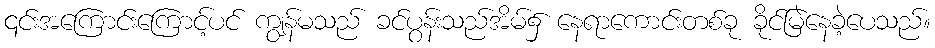
၎င်းအကြောင်းကြောင့်ပင် ကျွန်မသည် ခင်ပွန်းသည်အိမ်၌ နေရာကောင်းတစ်ခု ခိုင်မြဲနေခဲ့ပေသည်။